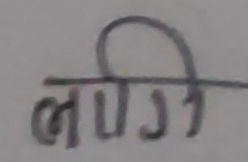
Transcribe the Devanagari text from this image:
लोगि